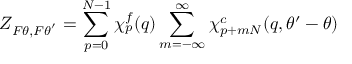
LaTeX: Z _ { F \theta , F \theta ^ { ' } } = \sum _ { p = 0 } ^ { N - 1 } \chi _ { p } ^ { f } ( q ) \sum _ { m = - \infty } ^ { \infty } \chi _ { p + m N } ^ { c } ( q , \theta ^ { \prime } - \theta )